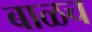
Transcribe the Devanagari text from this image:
बाळच